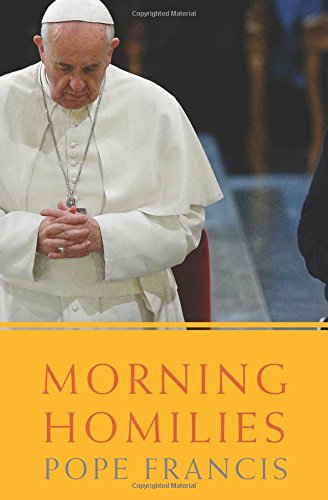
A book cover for Morning Homilies; Christian Books & Bibles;